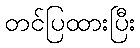
တင်ပြထားပြီး